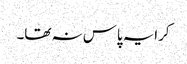
کرایہ پاس نہ تھا۔